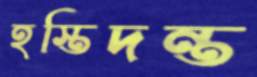
হস্তিদন্ত